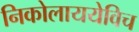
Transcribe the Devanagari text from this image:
निकोलाययेविच